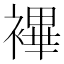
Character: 襅